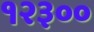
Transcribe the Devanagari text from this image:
१२३००